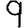
Digit: 9